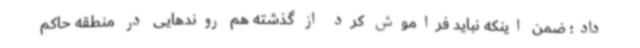
داد؛ ضمن اینکه نباید فراموش کرد از گذشته هم روندهایی در منطقه حاکم